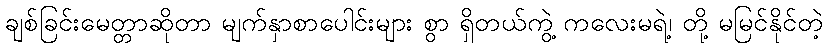
ချစ်ခြင်းမေတ္တာဆိုတာ မျက်နှာစာပေါင်းများ စွာ ရှိတယ်ကွဲ့ ကလေးမရဲ့၊ တို့ မမြင်နိုင်တဲ့